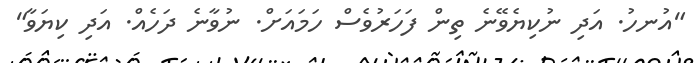
"އުނހު. އަދި ނުކިޔެވޭނެ ތިން ފަހަރުވެސް ހަމައަށް. ނުވާނެ ދަހެއް. އަދި ކިޔަވާ"